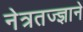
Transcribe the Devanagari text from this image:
नेत्रतज्ज्ञाने